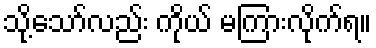
သို့သော်လည်း ကိုယ် မကြားလိုက်ရ။